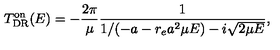
T _ { \mathrm { D R } } ^ { \mathrm { o n } } ( E ) = - \frac { 2 \pi } { \mu } \frac { 1 } { 1 / ( - a - r _ { e } a ^ { 2 } \mu E ) - i \sqrt { 2 \mu E } } ,